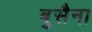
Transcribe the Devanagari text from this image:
बुसैना